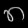
Digit: ၈